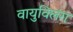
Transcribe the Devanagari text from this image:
वायुविलंग